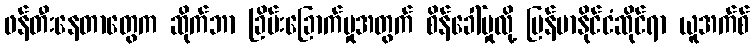
ဖန်တီးနေတာတွေက ဆိုက်ဘာ ခြိမ်းခြောက်မှုအတွက် စိန်ခေါ်မှုလို့ မြန်မာနိုင်ငံဆိုင်ရာ ယူအက်စ်